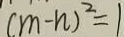
( m - n ) ^ { 2 } = 1